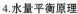
4.水量平衡原理